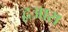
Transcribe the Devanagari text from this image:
द्वआरा